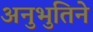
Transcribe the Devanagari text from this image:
अनुभुतिने